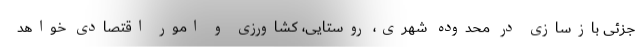
جزئی بازسازی در محدوده شهری، روستایی، کشاورزی و امور اقتصادی خواهد